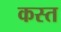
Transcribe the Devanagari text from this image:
कस्त